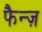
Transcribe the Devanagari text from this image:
फैन्ज़